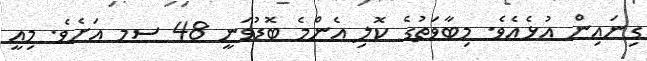
ގިނައިން އުޅެއެވެ. މިބާވަތުގެ ކޮލި އެންމެ ބޮޑުވަނީ 48 ސމ އަށެވެ. މިއީ